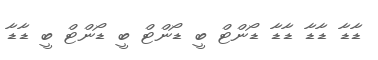
ޑާޑާ ޑާޑާ ޑާޑާ ޑޯންޓް ބީ ޑޯންޓް ބީ ޑޯންޓް ބީ ޑާޑާ